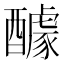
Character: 醵